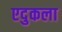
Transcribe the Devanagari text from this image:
एदुकला